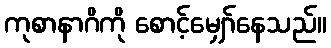
ကုစာနာဂိကို စောင့်မျှော်နေသည်။